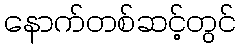
နောက်တစ်ဆင့်တွင်